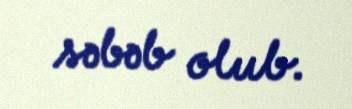
səbəb olub.